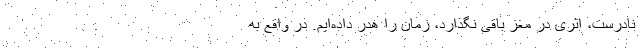
نادرست، اثری در مغز باقی نگذارد، زمان را هدر داده‌ایم. در واقع به